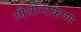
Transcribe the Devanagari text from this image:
औथेंन्टिकेष्ण